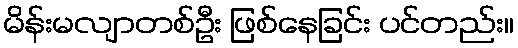
မိန်းမလျာတစ်ဦး ဖြစ်နေခြင်း ပင်တည်း။